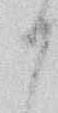
か